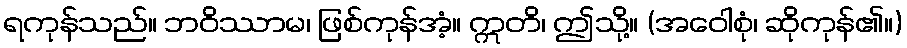
ရကုန်သည်။ ဘဝိဿာမ၊ ဖြစ်ကုန်အံ့။ ဣတိ၊ ဤသို့။ (အဝေါစုံ၊ ဆိုကုန်၏။)